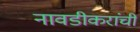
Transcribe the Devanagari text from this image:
नावडीकरांची